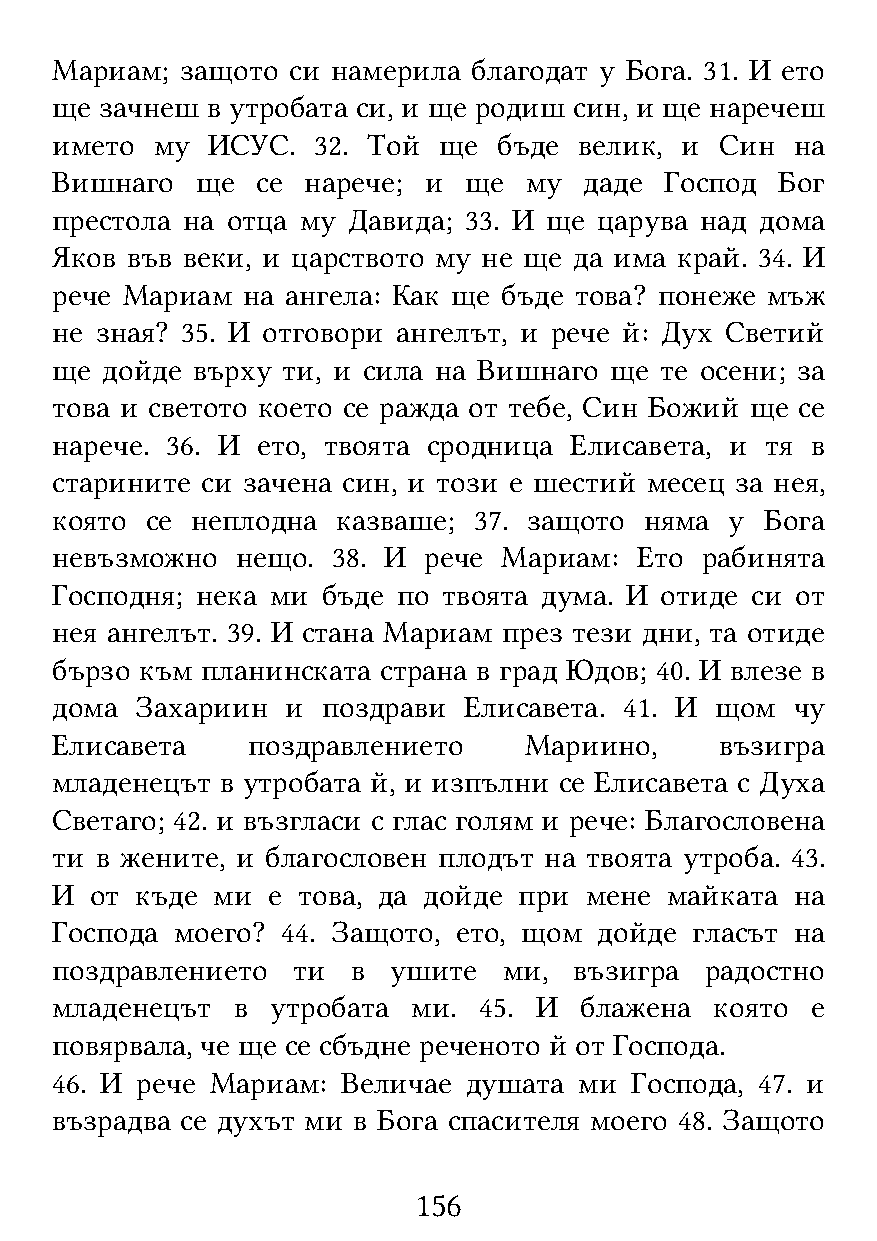
Мариам;  защото си намерила благодат у Бога. 31. И ето
 ще  зачнеш в утробата си, и ще родиш син, и ще наречеш
 името  му  ИСУС.  32. Той ще  бъде велик, и  Син  на
 Вишнаго   ще  се нарече; и  ще  му  даде Господ  Бог
 престола на отца му Давида; 33. И ще царува над дома
 Яков във веки, и царството му не ще да има край. 34. И
 рече Мариам  на ангела: Как ще бъде това? понеже мъж
 не зная? 35. И отговори ангелът, и рече й: Дух Светий
 ще  дойде върху ти, и сила на Вишнаго ще те осени; за
 това и светото което се ражда от тебе, Син Божий ще се
 нарече. 36. И ето, твоята сродница Елисавета, и тя в
 старините си зачена син, и този е шестий месец за нея,
 която  се неплодна казваше; 37. защото  няма у  Бога
 невъзможно   нещо. 38. И рече Мариам:  Ето рабинята
 Господня; нека ми бъде по твоята дума. И отиде си от
 нея ангелът. 39. И стана Мариам през тези дни, та отиде
 бързо към планинската страна в град Юдов; 40. И влезе в
 дома  Захариин  и поздрави  Елисавета. 41. И щом  чу
 Елисавета    поздравлението     Мариино,     възигра
 младенецът  в утробата й, и изпълни се Елисавета с Духа
 Светаго; 42. и възгласи с глас голям и рече: Благословена
 ти в жените, и благословен плодът на твоята утроба. 43.
 И  от къде ми  е това, да дойде при мене майката  на
 Господа моего?  44. Защото, ето, щом дойде гласът на
 поздравлението  ти  в  ушите  ми,  възигра  радостно
 младенецът  в  утробата ми.  45. И блажена  която  е
 повярвала, че ще се сбъдне реченото й от Господа.
 46. И рече Мариам:  Величае душата ми  Господа, 47. и
 възрадва се духът ми в Бога спасителя моего 48. Защото
 156